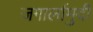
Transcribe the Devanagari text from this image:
जगार्लामुदी